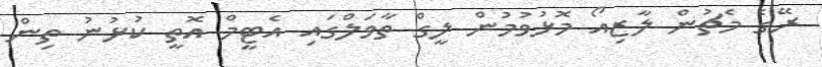
ރޭގެ މެޗުން ލާޒިއޯ މޮޅުވުމުން ލީގް ތާވަލްގައި އެޓީމް އޮތީ ކުޅުނު ތިން